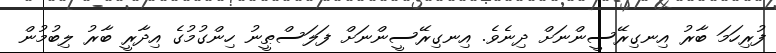
ފުރިހަމަ ބާރު އިނގިރޭސީންނަށް ދިނެވެ. އިނގިރޭސީންނަށް ފަލަސްޠީނު ހިންގުމުގެ އިދާރީ ބާރު ލިބުމުން